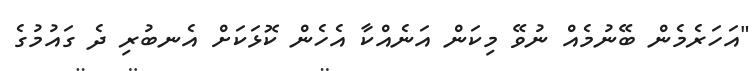
"އަހަރެމެން ބޭނުމެއް ނުވޭ މިކަން އަނެއްކާ އެހެން ކޮޅަކަށް އެނބުރި ދެ ގައުމުގެ